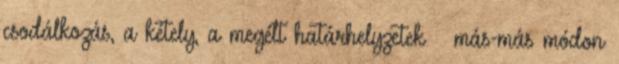
csodálkozás, a kétely, a megélt határhelyzetek – más-más módon